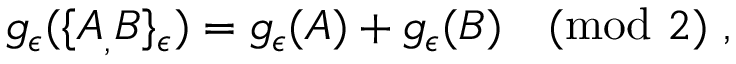
g _ { \epsilon } ( \{ A _ { , } B \} _ { \epsilon } ) = g _ { \epsilon } ( A ) + g _ { \epsilon } ( B ) \pmod 2 \ ,